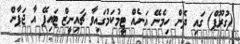
(ގުރޫޕް) ގައި ދެން ހިމެނޭ އަނެއް ޓީމުކަމުގައިވާ ޗައިނީޒް ޓައިޕޭ އާ ޖަޕާން